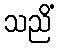
သညိံ